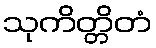
သုကိတ္တိတံ